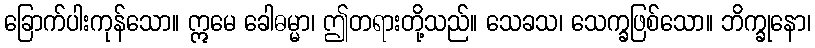
ခြောက်ပါးကုန်သော။ ဣမေ ခေါဓမ္မာ၊ ဤတရားတို့သည်။ သေခသ၊ သေက္ခဖြစ်သော။ ဘိက္ခုနော၊